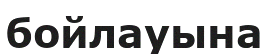
бойлауына